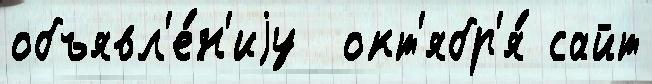
объявл'е́н'иjу  окт'ябр'я́ сайт